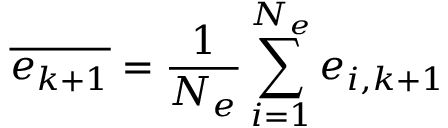
\overline { { \boldsymbol { e } _ { k + 1 } } } = \frac { 1 } { N _ { e } } \sum _ { i = 1 } ^ { N _ { e } } \boldsymbol { e } _ { i , k + 1 }